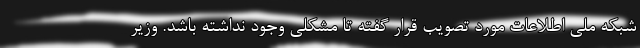
شبکه ملی اطلاعات مورد تصویب قرار گفته تا مشکلی وجود نداشته باشد. وزیر